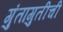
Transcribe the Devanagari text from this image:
गुंतागुतीची